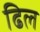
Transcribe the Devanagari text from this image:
ढिल